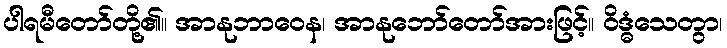
ပါရမီတော်တို့၏။ အာနုဘာဝေန၊ အာနုဘော်တော်အားဖြင့်။ ဝိဒ္ဓံသေတွာ၊